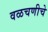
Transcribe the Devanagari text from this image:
वळचणीचे